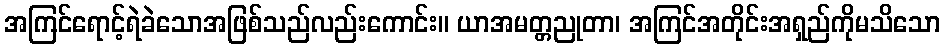
အကြင်ရောင့်ရဲခဲသောအဖြစ်သည်လည်းကောင်း။ ယာအမတ္တညုတာ၊ အကြင်အတိုင်းအရှည်ကိုမသိသော